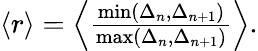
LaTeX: \begin{array}{r}{\left<r\right>=\left<\frac{\operatorname*{min}\left(\Delta_{n},\Delta_{n+1}\right)}{\operatorname*{max}\left(\Delta_{n},\Delta_{n+1}\right)}\right>.}\end{array}